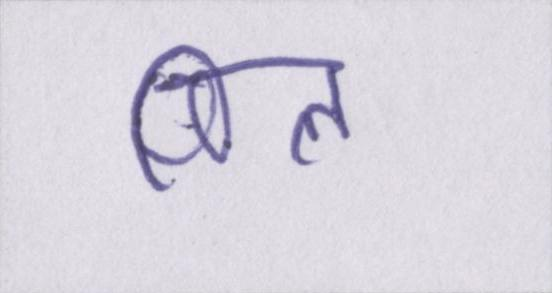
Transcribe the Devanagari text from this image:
पिल